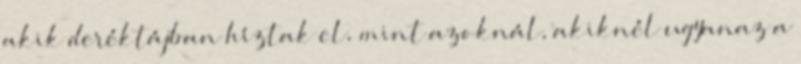
akik deréktájban híztak el, mint azoknál, akiknél ugyanaz a